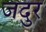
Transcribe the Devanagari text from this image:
जदुर